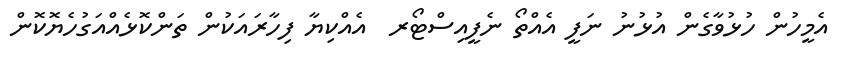
އެމީހުން ހުޅުވާގެން އުޅުނު ނަފީ އެއްތޯ ނެފީއިސްޓޯރ  އެއްކިޔާ ފިހާރައަކުން ތަންކޮޅެއްއަގުހެޔޮކޮން